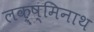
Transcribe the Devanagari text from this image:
लक्ष्मिनाथ